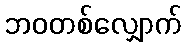
ဘဝတစ်လျှောက်